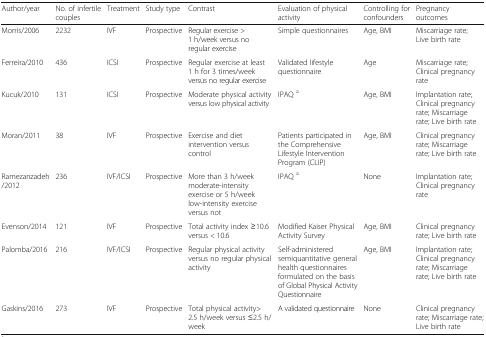
<table><thead><tr><td><b>Author/year</b></td><td><b>No. of infertile couples</b></td><td><b>Treatment</b></td><td><b>Study type</b></td><td><b>Contrast</b></td><td><b>Evaluation of physical activity</b></td><td><b>Controlling for confounders</b></td><td><b>Pregnancy outcomes</b></td></tr></thead><tbody><tr><td>Morris/2006</td><td>2232</td><td>IVF</td><td>Prospective</td><td>Regular exercise &gt; 1 h/week versus no regular exercise</td><td>Simple questionnaires</td><td>Age, BMI</td><td>Miscarriage rate;Live birth rate</td></tr><tr><td>Ferreira/2010</td><td>436</td><td>ICSI</td><td>Prospective</td><td>Regular exercise at least 1 h for 3 times/week versus no regular exercise</td><td>Validated lifestyle questionnaire</td><td>Age</td><td>Miscarriage rate;Clinical pregnancy rate</td></tr><tr><td>Kucuk/2010</td><td>131</td><td>ICSI</td><td>Prospective</td><td>Moderate physical activity versus low physical activity</td><td>IPAQ <sup>a</sup></td><td>Age, BMI</td><td>Implantation rate; Clinical pregnancy rate; Miscarriage rate; Live birth rate</td></tr><tr><td>Moran/2011</td><td>38</td><td>IVF</td><td>Prospective</td><td>Exercise and diet intervention versus control</td><td>Patients participated in the Comprehensive Lifestyle Intervention Program (CLIP)</td><td>Age, BMI</td><td>Clinical pregnancy rate; Miscarriage rate; Live birth rate</td></tr><tr><td>Ramezanzadeh/2012</td><td>236</td><td>IVF/ICSI</td><td>Prospective</td><td>More than 3 h/week moderate-intensity exercise or 5 h/week low-intensity exercise versus not</td><td>IPAQ <sup>a</sup></td><td>None</td><td>Implantation rate; Clinical pregnancy rate</td></tr><tr><td>Evenson/2014</td><td>121</td><td>IVF</td><td>Prospective</td><td>Total activity index ≥10.6 versus &lt; 10.6</td><td>Modified Kaiser Physical Activity Survey</td><td>Age, BMI</td><td>Clinical pregnancy rate; Live birth rate</td></tr><tr><td>Palomba/2016</td><td>216</td><td>IVF/ICSI</td><td>Prospective</td><td>Regular physical activity versus no regular physical activity</td><td>Self-administered semiquantitative general health questionnaires formulated on the basis of Global Physical Activity Questionnaire</td><td>Age, BMI</td><td>Implantation rate; Clinical pregnancy rate; Miscarriage rate; Live birth rate</td></tr><tr><td>Gaskins/2016</td><td>273</td><td>IVF</td><td>Prospective</td><td>Total physical activity&gt; 2.5 h/week versus ≤2.5 h/week</td><td>A validated questionnaire</td><td>None</td><td>Clinical pregnancy rate; Miscarriage rate;Live birth rate</td></tr></tbody></table>